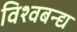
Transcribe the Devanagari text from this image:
विश्वबन्द्य